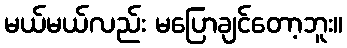
မယ်မယ်လည်း မပြောချင်တော့ဘူး။